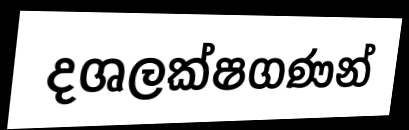
දශලක්ෂගණන්